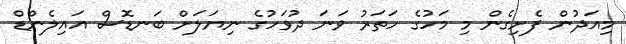
މިއަދުން ފެށިގެން މި މަހުގެ ހަތަރު ވަނަ ދުވަހުގެ ނިޔަލަށް ބަނޑޮސް އައިލެންޑް